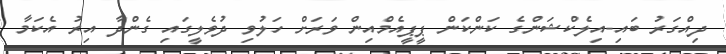
ދިއްގަރު ބައި-އިލެކްޝަންގެ ކަންކަން ޕީޕީއެމްއިން ވަރަށް ހަލުވި ދުވެލީގައި ގެންދާ އިރު އެކަމާ